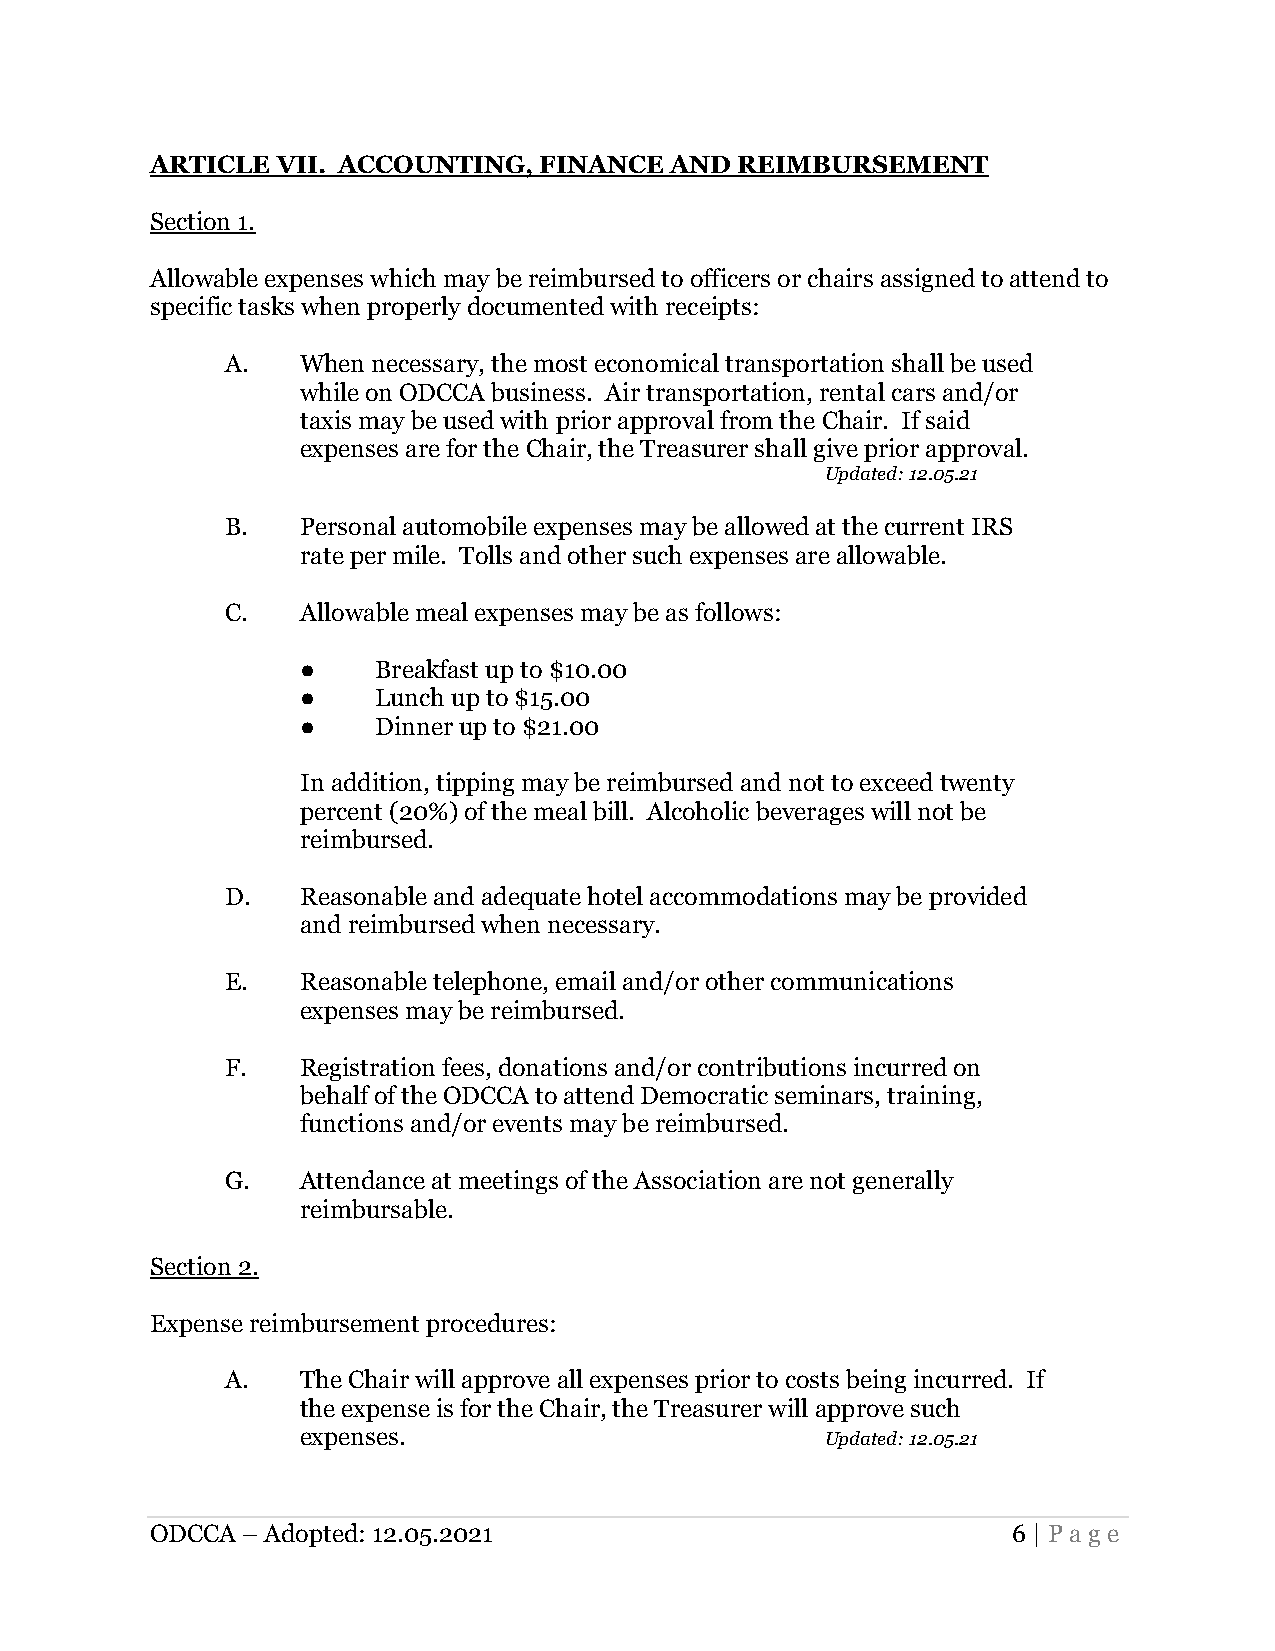
ARTICLE VII. ACCOUNTING,  FINANCE AND  REIMBURSEMENT
 Section 1.
 Allowable expenses which may be reimbursed to officers or chairs assigned to attend to
 specific tasks when properly documented with receipts:
 A.   When necessary, the most economical transportation shall be used
 while on ODCCA business. Air transportation, rental cars and/or
 taxis may be used with prior approval from the Chair. If said
 expenses are for the Chair, the Treasurer shall give prior approval.
 Updated: 12.05.21
 B.   Personal automobile expenses may be allowed at the current IRS
 rate per mile. Tolls and other such expenses are allowable.
 C.   Allowable meal expenses may be as follows:
 ●    Breakfast up to $10.00
 ●    Lunch up to $15.00
 ●    Dinner up to $21.00
 In addition, tipping may be reimbursed and not to exceed twenty
 percent (20%) of the meal bill. Alcoholic beverages will not be
 reimbursed.
 D.   Reasonable and adequate hotel accommodations may be provided
 and reimbursed when necessary.
 E.   Reasonable telephone, email and/or other communications
 expenses may be reimbursed.
 F.   Registration fees, donations and/or contributions incurred on
 behalf of the ODCCA to attend Democratic seminars, training,
 functions and/or events may be reimbursed.
 G.   Attendance at meetings of the Association are not generally
 reimbursable.
 Section 2.
 Expense reimbursement procedures:
 A.   The Chair will approve all expenses prior to costs being incurred. If
 the expense is for the Chair, the Treasurer will approve such
 expenses.                          Updated: 12.05.21
 ODCCA – Adopted: 12.05.2021                              6 | Page